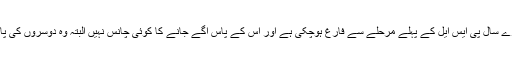
لاہور قلندرز مسلسل تیسرے سال پی ایس ایل کے پہلے مرحلے سے فارغ ہوچکی ہے اور اس کے پاس آگے جانے کا کوئی چانس نہیں البتہ وہ دوسروں کی پارٹی خراب کرسکتی ہے۔